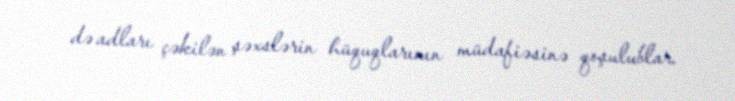
də adları çəkilən şəxslərin hüquqlarının müdafiəsinə qoşulublar.